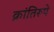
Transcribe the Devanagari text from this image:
क्रांतिरूपे